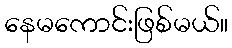
နေမကောင်းဖြစ်မယ်။